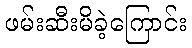
ဖမ်းဆီးမိခဲ့ကြောင်း